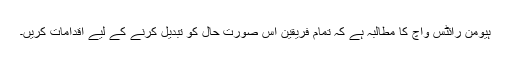
ہیومن رائٹس واچ کا مطالبہ ہے کہ تمام فریقین اس صورت حال کو تبدیل کرنے کے لیے اقدامات کریں۔